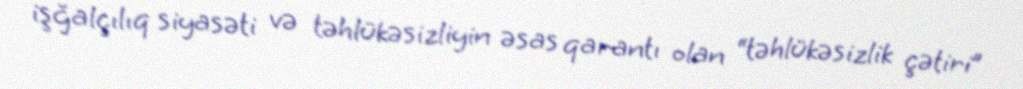
işğalçılıq siyasəti və təhlükəsizliyin əsas qarantı olan “təhlükəsizlik çətiri”